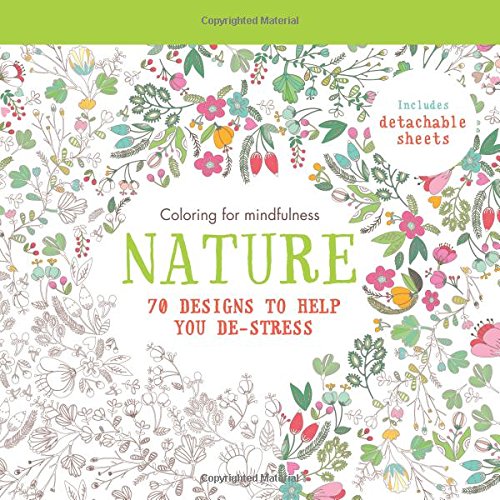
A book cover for Nature: 70 designs to help you de-stress (Coloring for mindfulness); Hamlyn; Humor & Entertainment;